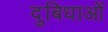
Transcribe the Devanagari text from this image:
दुबिधाओं